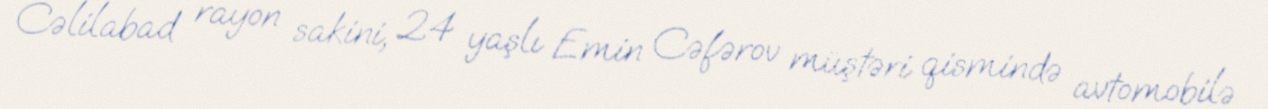
Cəlilabad rayon sakini, 24 yaşlı Emin Cəfərov müştəri qismində avtomobilə